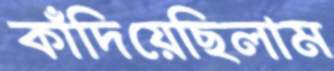
কাঁদিয়েছিলাম